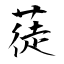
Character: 蓗